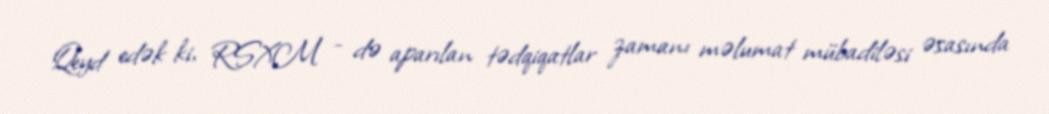
Qeyd edək ki, RSXM - də aparılan tədqiqatlar zamanı məlumat mübadiləsi əsasında